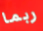
ربما